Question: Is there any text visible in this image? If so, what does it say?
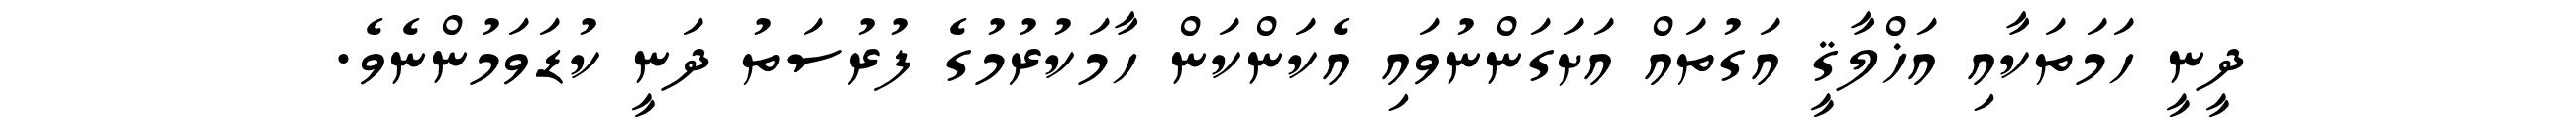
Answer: ދީނީ ހަމަތަކާއި އަޚްލާޤީ އަގުތައް އަށަގަންނުވައި އެކަންކަން ހާމަކުރުމުގެ ފުރުސަތު ދަނީ ކުޑަވަމުންނެވެ.